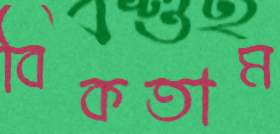
বিকতাম